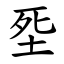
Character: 㘸